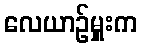
လေယာဉ်မှူးက